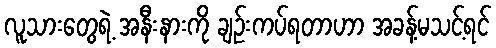
လူသားတွေရဲ့ အနီးနားကို ချဉ်းကပ်ရတာဟာ အခန့်မသင့်ရင်